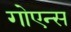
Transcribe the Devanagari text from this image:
गोएन्स